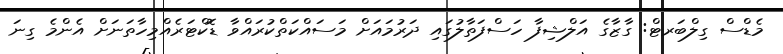
މެޑްސް ގިލްބަރޓް: ގާޒާގެ އަލްޝިފާ ހަސްފަތާލުގައި ދަރުމައަށް މަސައްކަތްކުރައްވާ ޑޮކްޓަރެއްމިހާތަނަށް އެންމެ ގިނަ